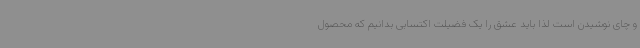
و چای نوشیدن است لذا باید عشق را یک فضیلت اکتسابی بدانیم که محصول